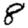
Digit: 8